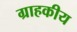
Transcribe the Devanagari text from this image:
ग्राहकीय